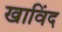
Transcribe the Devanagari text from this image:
खाविंद